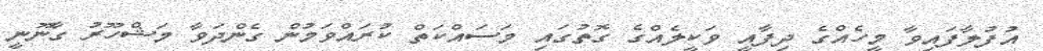
އުފުލާފައިވާ މީހެއްގެ ދިފާއީ ވަކީލެއްގެ ގޮތުގައި މަސައްކަތް ކުރައްވަމުން ގެންދަވާ މަޝްހޫރު ގާނޫނީ